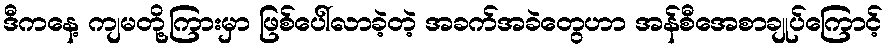
ဒီကနေ့ ကျမတို့ကြားမှာ ဖြစ်ပေါ်လာခဲ့တဲ့ အခက်အခဲတွေဟာ အန်စီအေစာချုပ်ကြောင့်